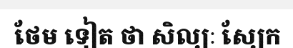
ថែម ទៀត ថា សិល្បៈ ស្បែក